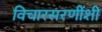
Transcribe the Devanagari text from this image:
विचारसरणींशी